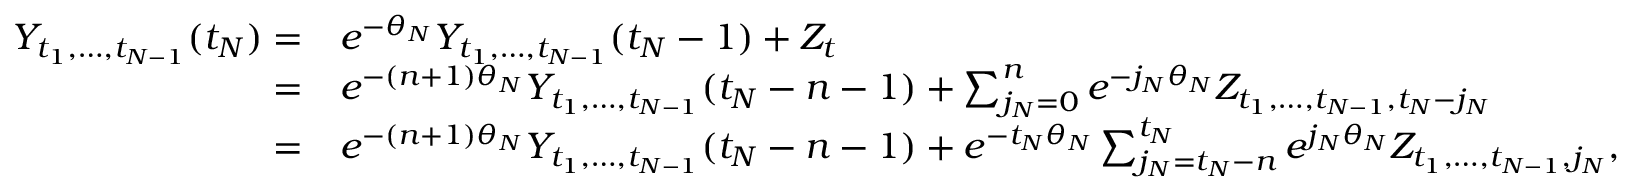
\begin{array} { r l } { Y _ { t _ { 1 } , \dots , t _ { N - 1 } } ( t _ { N } ) = } & { e ^ { - \theta _ { N } } Y _ { t _ { 1 } , \dots , t _ { N - 1 } } ( t _ { N } - 1 ) + Z _ { t } } \\ { = } & { e ^ { - ( n + 1 ) \theta _ { N } } Y _ { t _ { 1 } , \dots , t _ { N - 1 } } ( t _ { N } - n - 1 ) + \sum _ { j _ { N } = 0 } ^ { n } e ^ { - j _ { N } \theta _ { N } } Z _ { t _ { 1 } , \dots , t _ { N - 1 } , t _ { N } - j _ { N } } } \\ { = } & { e ^ { - ( n + 1 ) \theta _ { N } } Y _ { t _ { 1 } , \dots , t _ { N - 1 } } ( t _ { N } - n - 1 ) + e ^ { - t _ { N } \theta _ { N } } \sum _ { j _ { N } = t _ { N } - n } ^ { t _ { N } } e ^ { j _ { N } \theta _ { N } } Z _ { t _ { 1 } , \dots , t _ { N - 1 } , j _ { N } } , } \end{array}